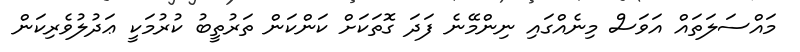
މައްސަލަތައް އަވަސް މިނެއްގައި ނިންމޭނެ ފަދަ ގޮތަކަށް ކަންކަން ތަރުތީބު ކުރުމަކީ ޢަދުލުވެރިކަން